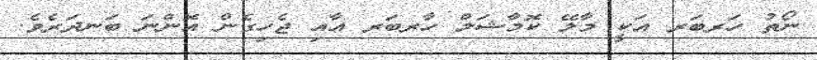
ނޯތު ހަރބަރ އަކީ މާލޭ ކޮމާޝަލް ހާރބަރ އާއި ޖެހިގެން އޮންނަ ބަނދަރެވެ.